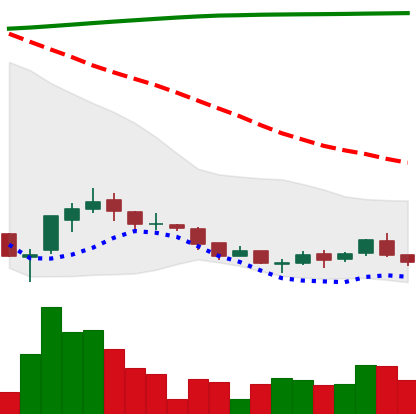
Ticker: ADA-USD
Chart end date: 2018-04-05
Forward return: 5.102%
Label: up_5_7